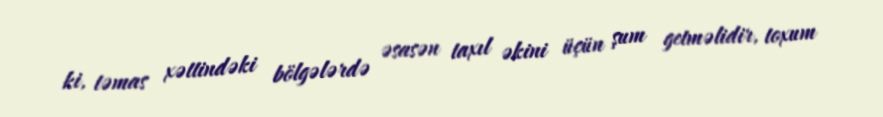
ki, təmas xəttindəki bölgələrdə əsasən taxıl əkini üçün şum getməlidir, toxum